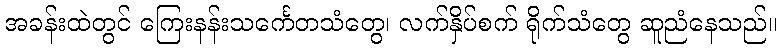
အခန်းထဲတွင် ကြေးနန်းသင်္ကေတသံတွေ၊ လက်နှိပ်စက် ရိုက်သံတွေ ဆူညံနေသည်။